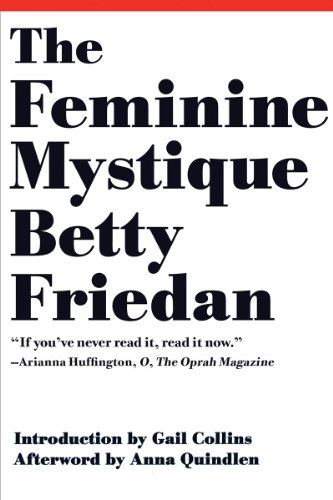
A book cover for The Feminine Mystique (50th Anniversary Edition); Betty Friedan; Gay & Lesbian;